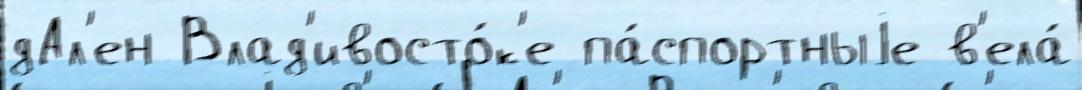
дАл'ен Влад'ивосто́к'е па́спортныjе в'ела́